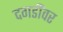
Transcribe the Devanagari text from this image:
दगडींवर